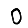
Digit: 0